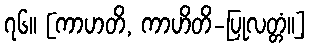
၇၆။ [ကာဟတိ, ကာဟိတိ-ပြုလတ္တံ။]